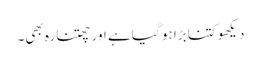
دیکھو کتنا بڑا ہو گیا ہے اور چھتنارہ بھی۔